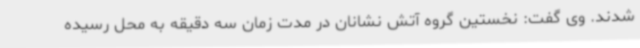
شدند. وی گفت: نخستین گروه آتش نشانان در مدت زمان سه دقیقه به محل رسیده